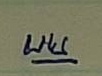
บน